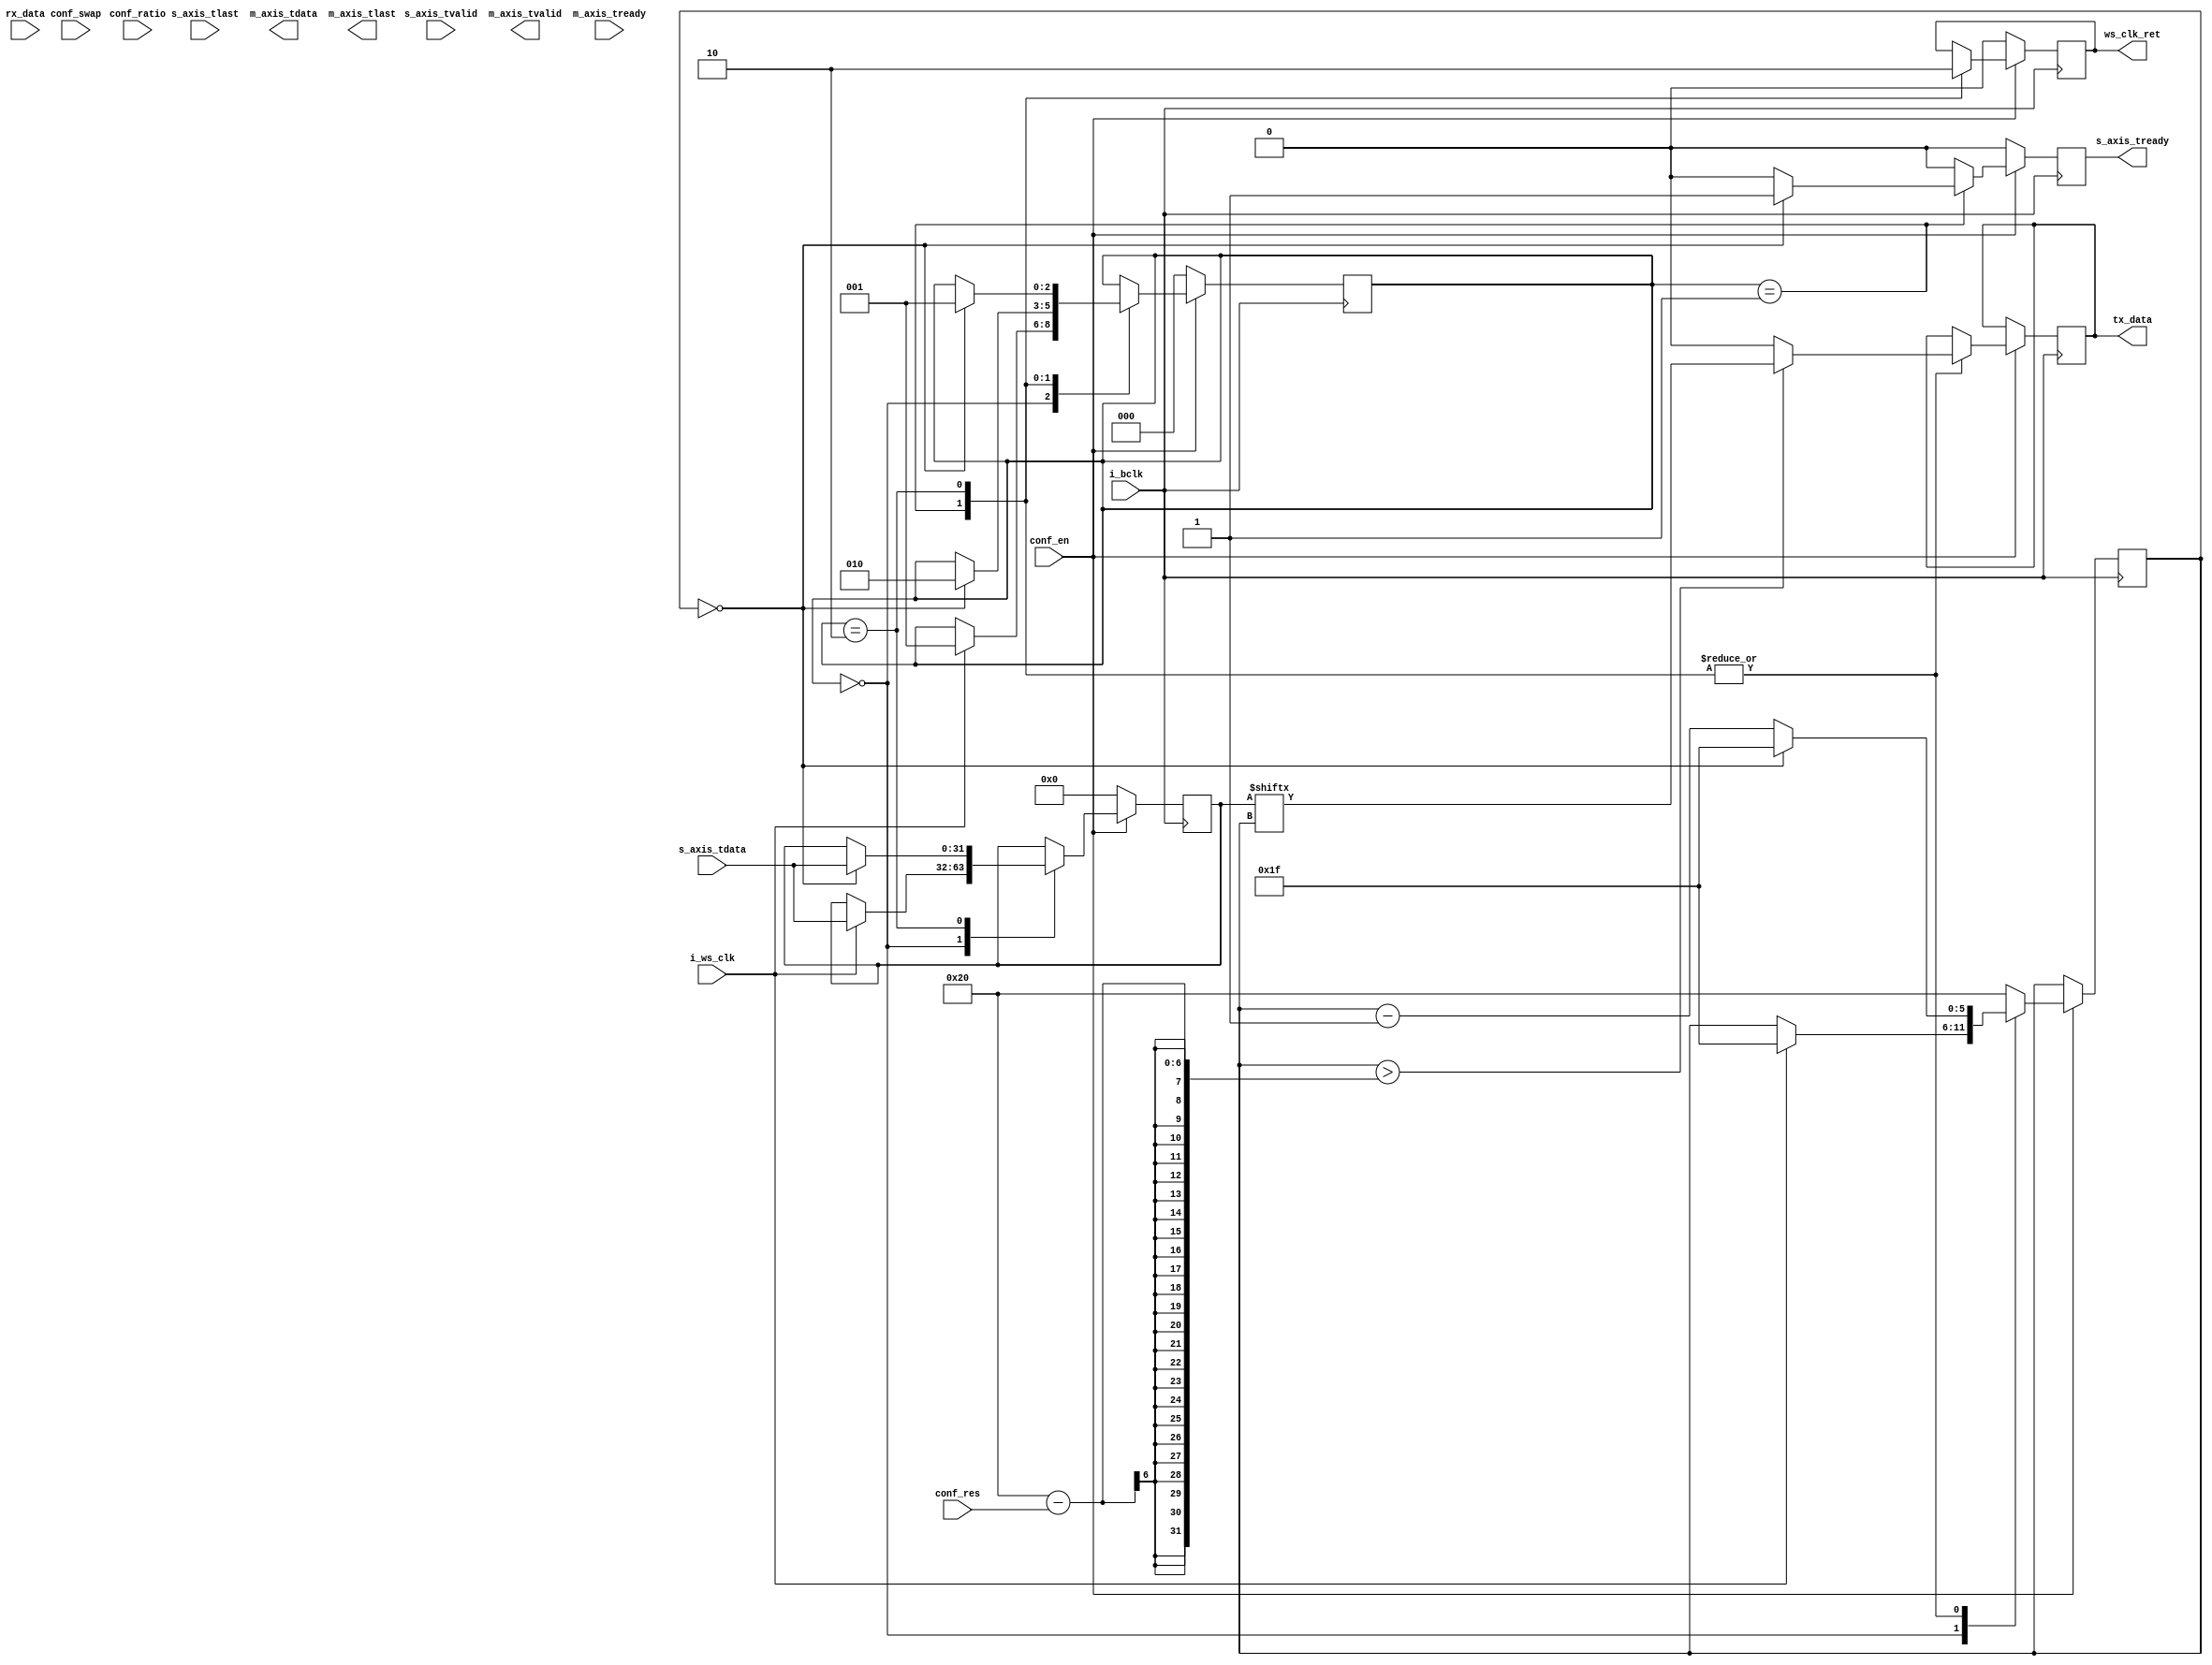
//----------------------------------------------------------------------
//-- >>>>>>>>>>>>>>>>>>>>>> COPYRIGHT NOTICE <<<<<<<<<<<<<<<<<<<<<<<<<<<
//----------------------------------------------------------------------
//----                                                              ----
//---- WISHBONE SPDIF IP Core                                       ----
//----                                                              ----
//---- This file is part of the SPDIF project                       ----
//---- http://www.opencores.org/cores/spdif_interface/              ----
//----                                                              ----
//---- Description                                                  ----
//---- Generic event register.                                      ----
//----                                                              ----
//----                                                              ----
//---- To Do:                                                       ----
//---- -                                                            ----
//----                                                              ----
//---- Author(s):                                                   ----
//---- - Geir Drange, gedra@opencores.org                           ----
//----                                                              ----
//----------------------------------------------------------------------
//----                                                              ----
//---- Copyright (C) 2004 Authors and OPENCORES.ORG                 ----
//----                                                              ----
//---- This source file may be used and distributed without         ----
//---- restriction provided that this copyright statement is not    ----
//---- removed from the file and that any derivative work contains  ----
//---- the original copyright notice and the associated disclaimer. ----
//----                                                              ----
//---- This source file is free software; you can redistribute it   ----
//---- and/or modify it under the terms of the GNU Lesser General   ----
//---- Public License as published by the Free Software Foundation; ----
//---- either version 2.1 of the License, or (at your option) any   ----
//---- later version.                                               ----
//----                                                              ----
//---- This source is distributed in the hope that it will be       ----
//---- useful, but WITHOUT ANY WARRANTY; without even the implied   ----
//---- warranty of MERCHANTABILITY or FITNESS FOR A PARTICULAR      ----
//---- PURPOSE. See the GNU Lesser General Public License for more  ----
//---- details.                                                     ----
//----                                                              ----
//---- You should have received a copy of the GNU Lesser General    ----
//---- Public License along with this source; if not, download it   ----
//---- from http://www.opencores.org/lgpl.shtml                     ----
//----                                                              ----
//----------------------------------------------------------------------
//--
//   Copyright (c) 2013 by Lattice Semiconductor Corporation
//   ALL RIGHTS RESERVED 
//   ------------------------------------------------------------------
//
//   Permission:
//
//      Lattice SG Pte. Ltd. grants permission to use this code
//      pursuant to the terms of the Lattice Reference Design License Agreement. 
//
//
//   Disclaimer:
//
//      This VHDL or Verilog source code is intended as a design reference
//      which illustrates how these types of functions can be implemented.
//      It is the user's responsibility to verify their design for
//      consistency and functionality through the use of formal
//      verification methods.  Lattice provides no warranty
//      regarding the use or functionality of this code.
//
//   --------------------------------------------------------------------
//
//                  Lattice SG Pte. Ltd.
//                  101 Thomson Road, United Square #07-02 
//                  Singapore 307591
//
//
//                  TEL: 1-800-Lattice (USA and Canada)
//                       +65-6631-2000 (Singapore)
//                       +1-503-268-8001 (other locations)
//
//                  web: http://www.latticesemi.com/
//
//   --------------------------------------------------------------------
//
//-- CVS Revision History
//--
//-- $Log: RD#RD1101#source#verilog#i2s_codec.v,v $
//-- Revision 1.1  2013-07-04 19:38:26-07  lsccad
//-- ...No comments entered during checkin...
//--
//-- Revision 1.6  2007/10/11 19:14:43  gedra
//-- Code beautification
//--
//-- Revision 1.5  2004/07/12 17:06:41  gedra
//-- Fixed bug with lock event generation.
//--
//-- Revision 1.4  2004/07/11 16:19:50  gedra
//-- Bug-fix.
//--
//-- Revision 1.3  2004/06/06 15:42:20  gedra
//-- Cleaned up lint warnings.
//--
//-- Revision 1.2  2004/06/04 15:55:07  gedra
//-- Cleaned up lint warnings.
//--
//-- Revision 1.1  2004/06/03 17:49:26  gedra
//-- Generic event register. Used in both receiver and transmitter.
//--
//---------------------------------------------------------------------------
//-- Code Revision History (LSC) :
//---------------------------------------------------------------------------
//-- Ver: | Author	|Mod. Date	|Changes Made:
//-- V1.0 | JT		  |9/2010     || Initial ver for verilog                      
//---------------------------------------------------------------------------

`timescale 1ns / 10ps

module i2s_codec #(
   parameter DATA_WIDTH  = 32,
   parameter ADDR_WIDTH  = 6,
   parameter IS_RECEIVER = 0)
   (
      input wire i_bclk      ,
      input wire i_ws_clk    ,
      //Config options
      input wire [5:0] conf_res    ,
      input wire [4:0] conf_ratio  ,
      input wire conf_swap   ,
      input wire conf_en     ,
    /*
     * axi4 transmitter streaming interface *INPUT*
     */
     input wire [DATA_WIDTH-1:0] s_axis_tdata,
     input wire s_axis_tvalid,
     output reg s_axis_tready,
     input wire s_axis_tlast,
    /*
     * axi4 reciever streaming interface *OUTPUT*
     */
      output [DATA_WIDTH-1:0]  m_axis_tdata,
      output m_axis_tvalid,
      input m_axis_tready,
      output m_axis_tlast,
      
      output reg  tx_data,
      input wire rx_data,
      output wire ws_clk_ret
   );      

parameter IDLE=0;
parameter WAIT_CLK=1;
parameter TRX_DATA=2;
parameter RX_WRITE=3;
parameter SYNC=4;
parameter TX_DATA_CH0 = 1;
parameter TX_DATA_CH1 = 2;

reg[8:0] temp_data=2**(ADDR_WIDTH-1);

 reg i2s_clk_en;
 reg [4:0] clk_cnt;
 reg [7:0] adr_cnt;// integer range 0 to 2**(ADDR_WIDTH - 1) - 1; so the max value of ADDR_WIDTH is 9
 reg [4:0] sd_ctrl;
 reg[5:0] bit_cnt, bits_to_trx; //integer range 0 to 63;
 reg toggle,neg_edge, ws_pos_edge,ws_neg_edge;
 reg[DATA_WIDTH - 1 : 0] data_in;// (DATA_WIDTH - 1 downto 0);
 reg i2s_ws, new_word;
 reg imem_rdwr;
 wire receiver;
 reg[4:0] ws_cnt; // integer range 0 to 31;
 reg tx_ws_clk;
 reg [2:0] codec_state;
 reg [31:0] samp_data;
   
assign receiver = (IS_RECEIVER==1)?1'b1:1'b0;
//-- Logic to generate clock signal, master mode
assign i2s_sck_o = toggle;

//-- Process to receive data on i2s_sd_i, or transmit data on i2s_sd_o
assign  sample_addr  = adr_cnt[ADDR_WIDTH - 2:0];
assign  mem_rdwr     = imem_rdwr;
assign  sample_dat_o = data_in;

assign ws_clk_ret = IS_RECEIVER?i_ws_clk:tx_ws_clk;


generate if(IS_RECEIVER) begin
always@(posedge i_bclk) begin
    if(!conf_en) begin
    
    end
    else begin
    
    end
end
end
//Transmitter
else begin
always@(negedge i_bclk) begin
    //Reset condition
    if(!conf_en) begin
        codec_state   <= 0;
        samp_data     <= 0;
        s_axis_tready <= 0;
        tx_ws_clk     <= 0;
    end
    else begin
        s_axis_tready <= 0;
        case(codec_state)
        IDLE: begin
            if(i_ws_clk) begin
                samp_data <= s_axis_tdata;
                codec_state   <= TX_DATA_CH0;
                bit_cnt <= DATA_WIDTH-1;
            end
            else begin
                
            end
         end
         TX_DATA_CH0: begin
            tx_ws_clk     <= 1;
            if(bit_cnt > DATA_WIDTH-conf_res) begin
                tx_data <= samp_data[bit_cnt];
            end
            else begin
                tx_data <= 0;
            end
            
            if(bit_cnt == 0) begin
                s_axis_tready <= 1;
                codec_state <= TX_DATA_CH1;
                bit_cnt = DATA_WIDTH-1;
                //samp_data <= s_axis_tdata;
            end
            else begin
                bit_cnt <= bit_cnt - 1;
            end
         end
         TX_DATA_CH1: begin
            tx_ws_clk     <= 0;
            if(bit_cnt > DATA_WIDTH-conf_res) begin
                tx_data <= samp_data[bit_cnt];
            end
            else begin
                tx_data <= 0;
            end
            
            if(bit_cnt == 0) begin
                codec_state <= TX_DATA_CH0;
                bit_cnt = DATA_WIDTH-1;
                samp_data <= s_axis_tdata;
            end
            else begin
                bit_cnt <= bit_cnt - 1;
            end
         end
         default: bit_cnt <= DATA_WIDTH;
        endcase
    end
    end

end endgenerate
endmodule